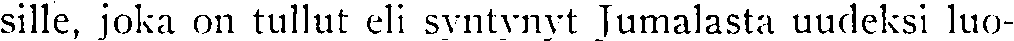
sille, joka on tullut eli syntynyt Jumalasta uudeksi luo-